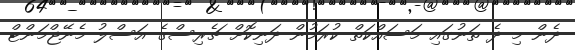
ދެން މި ދެ ތަނުގައި މަސައްކަތް ކުރަމުން ދަނިކޮށް ޗެރިސްގެ އަސްލު މެނޭޖްމަންޓް